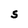
Character: S